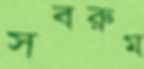
সবরুম